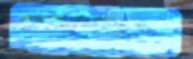
গরমভাবও